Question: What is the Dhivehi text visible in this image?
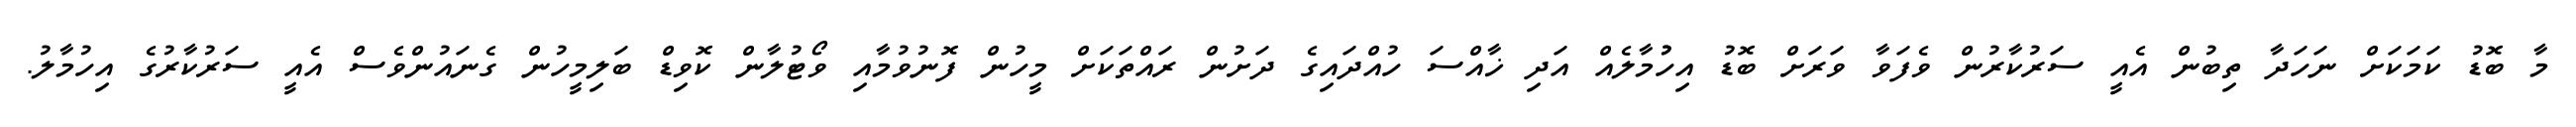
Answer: މާ ބޮޑު ކަމަކަށް ނަހަދާ ތިބުން އެއީ ސަރުކާރުން ވެފަވާ ވަރަށް ބޮޑު އިހުުމާލެއް އަދި ޚާއްސަ ހުއްދައިގެ ދަށުން ރައްތަކަށް މީހުން ފޮނުވުމާއި ވޯޓުލާން ކޮވިޑް ބަލިމީހުން ގެނައުންވެސް އެއީ ސަރުކާރުގެ އިހުމާލު.